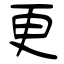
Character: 更